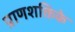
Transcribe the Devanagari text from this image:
प्राणशक्तिके